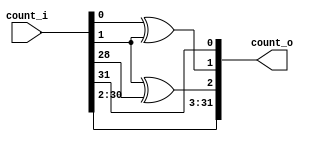
/***************************************************************************
 *                                                                         *
 *   MFSR20.v - One of Roy Ward's ultra tricky Multiple Feed-back Shift    *
 *     Registers (MFSR). This one is 32-bits wide.                         *
 *                                                                         *
 *   Copyright (C) 2009 by Patrick Suggate and Roy Ward                    *
 *   patrick@physics.otago.ac.nz                                           *
 *                                                                         *
 *   This program is free software; you can redistribute it and/or modify  *
 *   it under the terms of the GNU General Public License as published by  *
 *   the Free Software Foundation; either version 2 of the License, or     *
 *   (at your option) any later version.                                   *
 *                                                                         *
 *   This program is distributed in the hope that it will be useful,       *
 *   but WITHOUT ANY WARRANTY; without even the implied warranty of        *
 *   MERCHANTABILITY or FITNESS FOR A PARTICULAR PURPOSE.  See the         *
 *   GNU General Public License for more details.                          *
 *                                                                         *
 *   You should have received a copy of the GNU General Public License     *
 *   along with this program; if not, write to the                         *
 *   Free Software Foundation, Inc.,                                       *
 *   59 Temple Place - Suite 330, Boston, MA  02111-1307, USA.             *
 ***************************************************************************/

// Taps @: (28, 32), (21, 27)
// Taps @: (00, 01), (01, 28)        (added 20/08/2016, from ENZCon poster)

`timescale 1ns/100ps
module mfsr32
  #(parameter DELAY = 1)
   (
	  input [31:0]  count_i,
	  output [31:0] count_o
   );

   wire #DELAY tap_xor0 = count_i[0]^count_i[1];
   wire #DELAY tap_xor1 = count_i[1]^count_i[28];

   assign	count_o = {count_i[30:2], tap_xor1, tap_xor0, count_i[31]};

endmodule	// mfsr32